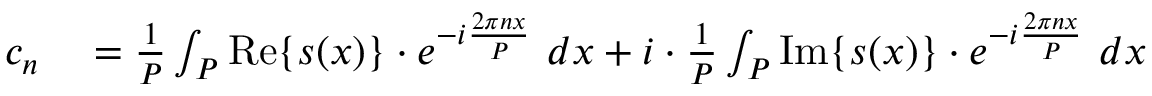
\begin{array} { r l } { c _ { n } } & { { } = { \frac { 1 } { P } } \int _ { P } \operatorname { R e } \{ s ( x ) \} \cdot e ^ { - i { \frac { 2 \pi n x } { P } } } \ d x + i \cdot { \frac { 1 } { P } } \int _ { P } \operatorname { I m } \{ s ( x ) \} \cdot e ^ { - i { \frac { 2 \pi n x } { P } } } \ d x } \end{array}